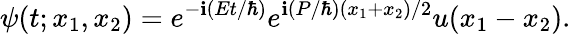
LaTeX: \psi(t;x_{1},x_{2})=e^{-\mathbf{i}({Et}/{\hbar})}e^{\mathbf{i}({P}/{\hbar}){(x_{1}+x_{2})}/{2}}u(x_{1}-x_{2}).